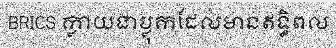
BRICS ក្លាយជាប្លុកដែលមានឥទ្ធិពល